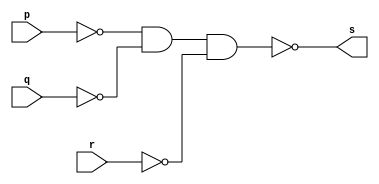
// ---------
// Exemplo00010 - OR
// Nome:Felipe Pacfico
// -----------------
// -----------------
// -- OR gate
module orgate(output s, input p, input q, input r);
assign s = ~(~p & ~q & ~r);
endmodule // orgate
// ------------
// -- test OR gate
// ------------
module testeorgate;
// ----------------------- dados locais
reg a,b,c; //definir registrador
			//(variavel independente)
wire s;  //definir conexao(fio)
			//(variavel dependente)
// --------------- instancia
orgate OR1 (s,a,b,c);
// --------------- preparacao
initial begin: start
a=0;
b=0;
end
// -------------- parte principal
initial begin
$display("Exemplo00010 - Felipe Pacfico - 389868");
$display("Test OR gate");
$display("\n~(a ~& b ~& c = s\n");
a=0; b=0; c=0;
#1 $display("%b ~& %b ~& %b = %b",a,b,c,s);
a=0; b=0; c=1;
#1 $display("%b ~& %b ~& %b = %b",a,b,c,s);
a=0; b=1; c=0;
#1 $display("%b ~& %b ~& %b = %b",a,b,c,s);
a=0; b=1; c=1;
#1 $display("%b ~& %b ~& %b = %b",a,b,c,s);
a=1; b=0; c=0;
#1 $display("%b ~& %b ~& %b = %b",a,b,c,s);
a=1; b=0; c=1;
#1 $display("%b ~& %b ~& %b = %b",a,b,c,s);
a=1; b=1; c=0;
#1 $display("%b ~& %b ~& %b = %b",a,b,c,s);
a=1; b=1; c=1;
#1 $display("%b ~& %b ~& %b = %b",a,b,c,s); 			
end
endmodule // testorgate